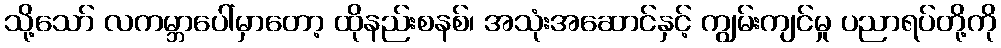
သို့သော် လကမ္ဘာပေါ်မှာတော့ ထိုနည်းစနစ်၊ အသုံးအဆောင်နှင့် ကျွမ်းကျင်မှု ပညာရပ်တို့ကို